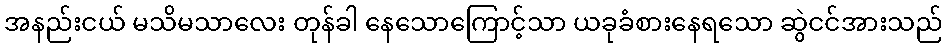
အနည်းငယ် မသိမသာလေး တုန်ခါ နေသောကြောင့်သာ ယခုခံစားနေရသော ဆွဲငင်အားသည်